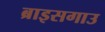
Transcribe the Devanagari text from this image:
ब्राइसगाउ